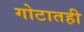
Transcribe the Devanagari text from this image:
गोटातही